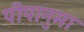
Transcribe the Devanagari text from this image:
पीपानुमा